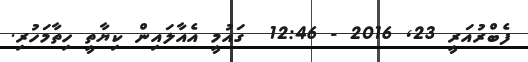
ފެބްރުއަރީ 23